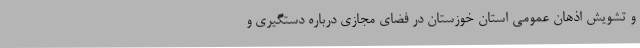
و تشویش اذهان عمومی استان خوزستان در فضای مجازی درباره دستگیری و